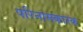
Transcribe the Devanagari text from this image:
परिनामकारक